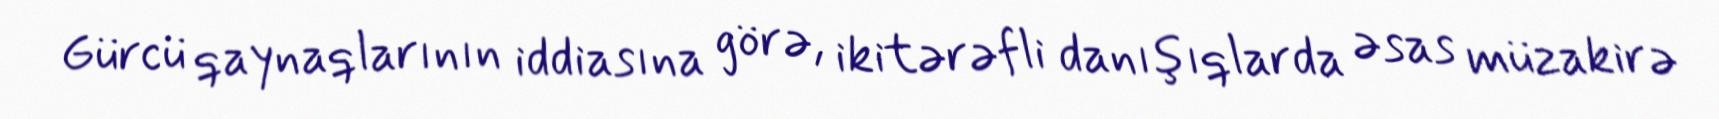
Gürcü qaynaqlarının iddiasına görə, ikitərəfli danışıqlarda əsas müzakirə